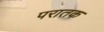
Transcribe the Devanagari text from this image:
परातक